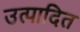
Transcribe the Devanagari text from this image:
उत्पादित